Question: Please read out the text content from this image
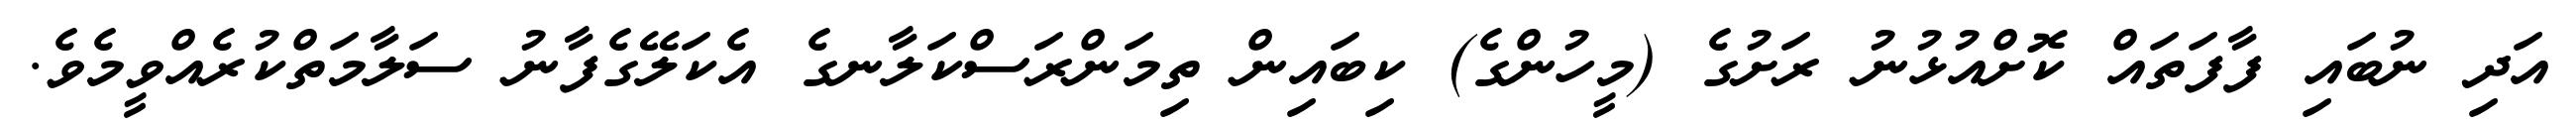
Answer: އަދި ނުބައި ފާފަތައް ކޮށްއުޅުނު ރަށުގެ (މީހުންގެ) ކިބައިން ތިމަންރަސްކަލާނގެ އެކަލޭގެފާނު ސަލާމަތްކުރެއްވީމެވެ.